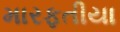
મારફતીયા